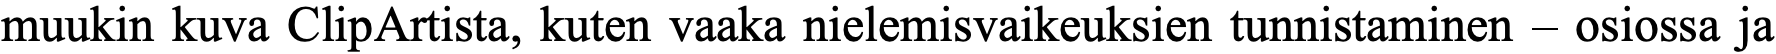
muukin kuva ClipArtista, kuten vaaka nielemisvaikeuksien tunnistaminen – osiossa ja